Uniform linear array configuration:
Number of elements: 12
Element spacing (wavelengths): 0.75
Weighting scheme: hann
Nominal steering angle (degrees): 15
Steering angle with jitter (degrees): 14.74
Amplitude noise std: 0.05
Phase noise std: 0.05

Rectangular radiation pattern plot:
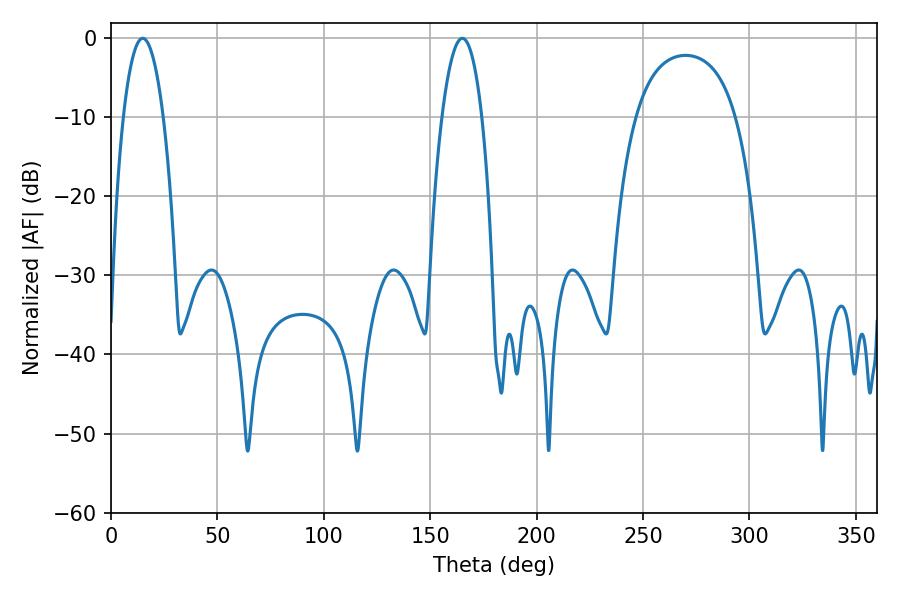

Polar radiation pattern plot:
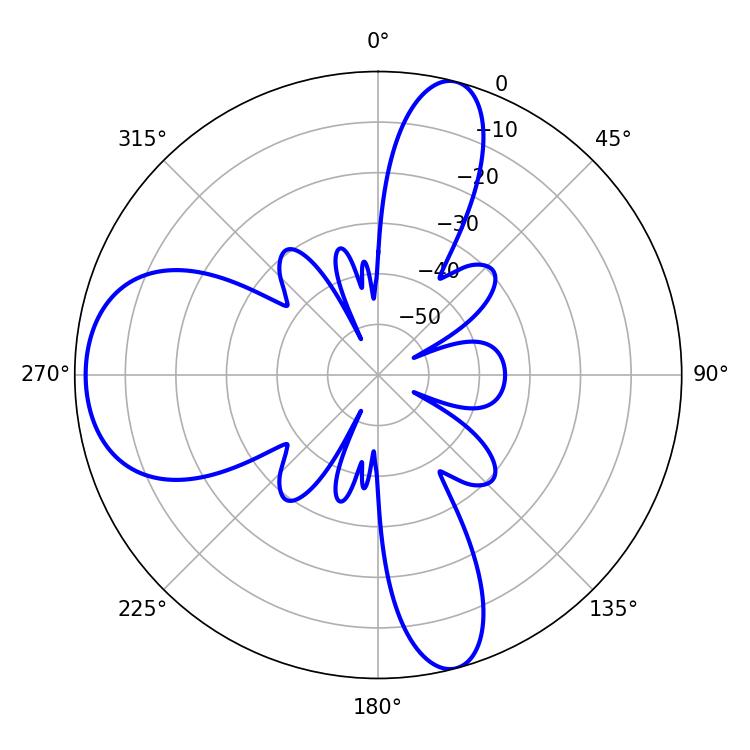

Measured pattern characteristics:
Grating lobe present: TRUE
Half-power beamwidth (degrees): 10.44
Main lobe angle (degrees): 14.94